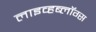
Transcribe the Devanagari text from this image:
लाइव्हब्लॉग्स